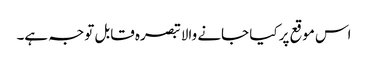
اس موقع پر کیا جانے والا تبصرہ قابل توجہ ہے۔